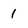
Character: 1